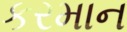
કરમાન